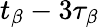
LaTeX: t_{\beta}-3\tau_{\beta}